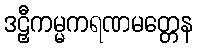
ဒဠှီကမ္မကရဏမတ္တေန